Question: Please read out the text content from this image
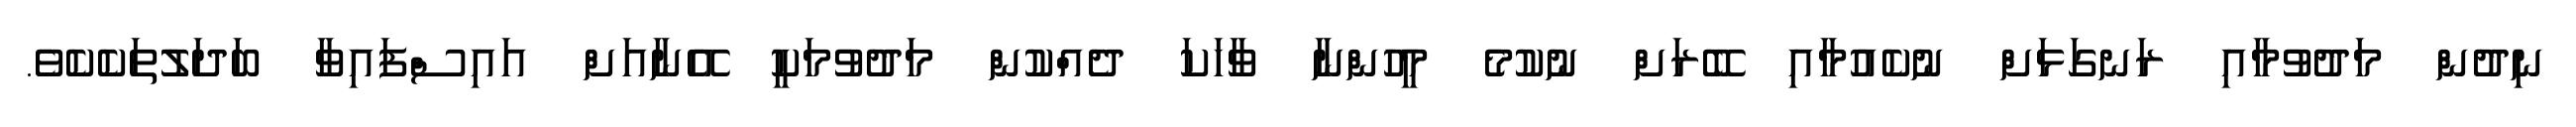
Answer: ނިދުން މަދުވުމާއި ރަނގަޅަށް ނުކެއުމާއި ބޭރަށް ނުކުމެ މީހުންނާ ވާހަކަ ދެއްކުން މަދުވުމަކީ އޭނާއަށް އައިސްފައިވާ ބަދަލުތަކެކެވެ.